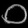
Digit: ၀